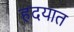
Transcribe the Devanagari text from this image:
हदयात